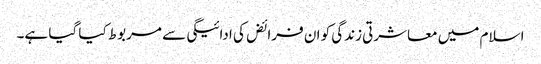
اسلام میں معاشرتی زندگی کو ان فرائض کی ادائیگی سے مربوط کیا گیا ہے۔